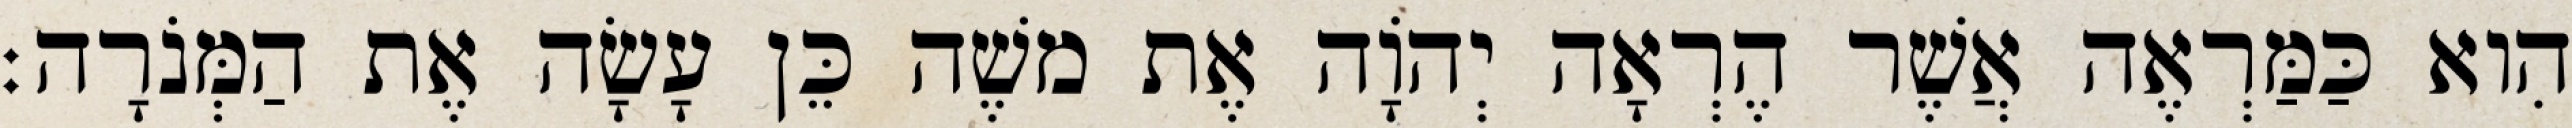
הִוא כַּמַּרְאֶה אֲשֶׁר הֶרְאָה יְהוָֹה אֶת משֶׁה כֵּן עָשָׂה אֶת הַמְּנֹרָה׃